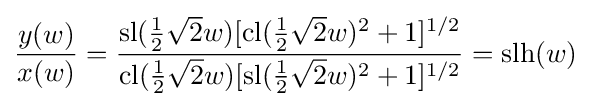
{\frac {y(w)}{x(w)}}={\frac {\operatorname {sl} ({\tfrac {1}{2}}{\sqrt {2}}w)[\operatorname {cl} ({\tfrac {1}{2}}{\sqrt {2}}w)^{2}+1]^{1/2}}{\operatorname {cl} ({\tfrac {1}{2}}{\sqrt {2}}w)[\operatorname {sl} ({\tfrac {1}{2}}{\sqrt {2}}w)^{2}+1]^{1/2}}}=\operatorname {slh} (w)